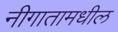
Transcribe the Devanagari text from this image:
नीगातामधील